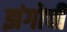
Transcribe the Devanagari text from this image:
झंगोची